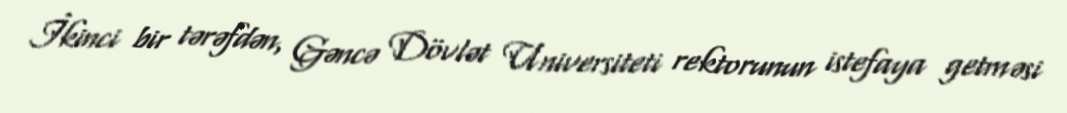
İkinci bir tərəfdən, Gəncə Dövlət Universiteti rektorunun istefaya getməsi